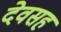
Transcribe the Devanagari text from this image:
देवसह